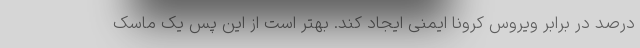
درصد در برابر ویروس کرونا ایمنی ایجاد کند. بهتر است از این پس یک ماسک